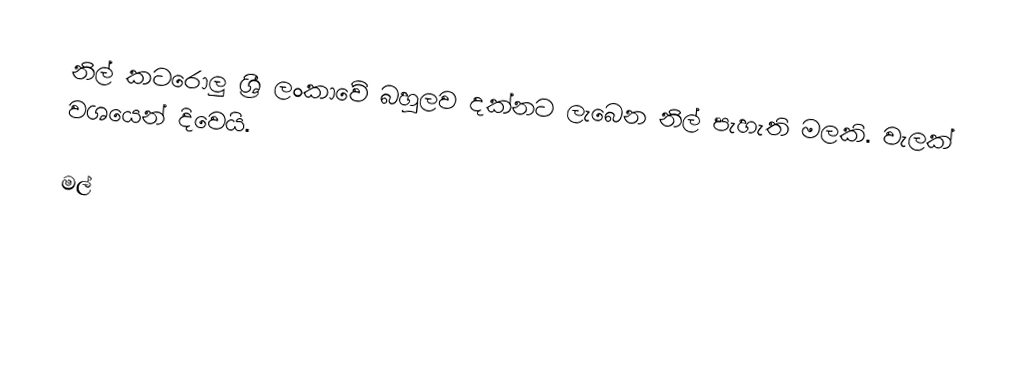
නිල් කටරොලු ශ්‍රී ලංකාවේ බහුලව දක්නට ලැබෙන නිල් පැහැති මලකි. වැලක් වශයෙන් දිවෙයි.

මල්